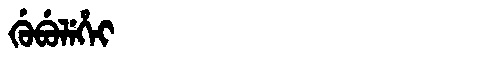
Manchu: ᡤᡠᠪᡠᠯᡝᡥᡝᡳ
Romanization: GUBULEHEI